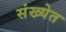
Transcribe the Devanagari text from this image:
संख्‍येत